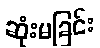
ဆုံးမခြင်း